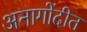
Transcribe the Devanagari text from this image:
अनागोंदीत